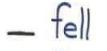
- fell